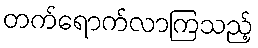
တက်ရောက်လာကြသည့်